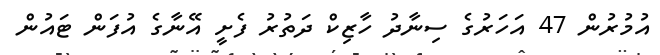
އުމުރުން 47 އަހަރުގެ ސިނާދު ހާޒިކް ދަތުރު ފެށީ އޭނާގެ އުފަން ޓައުން